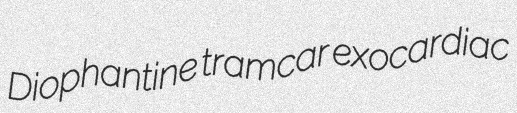
Diophantine tramcar exocardiac